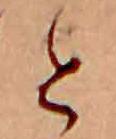
と